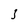
Character: 3